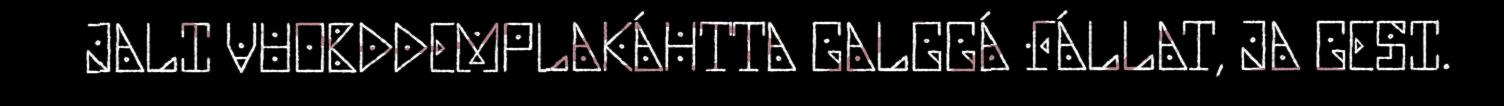
JALI VUOBDDEMPLAKÁHTTA GALGGÁ FÁLLAT, JA GESI.